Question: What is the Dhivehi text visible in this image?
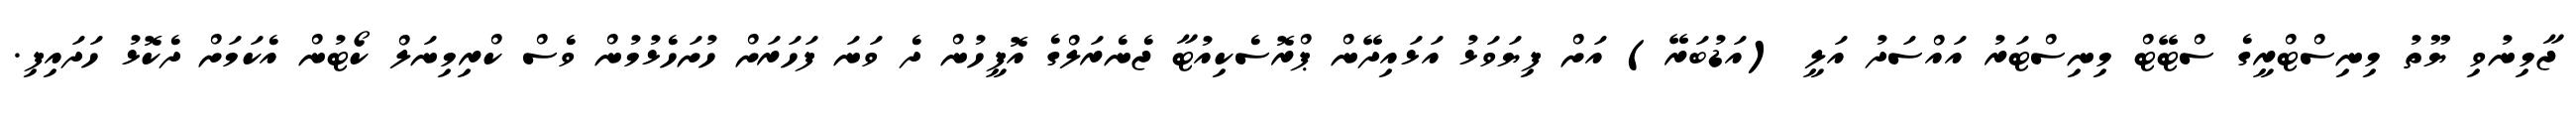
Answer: ޖާމިނުވި ޔޫތު މިނިސްޓްރީގެ ސްޓޭޓް މިނިސްޓަރު އައްސަދު އަލީ (އަޑުބަރޭ) އަށް ފިޔަވަޅު އަޅައިދޭން ޕްރޮސެކިއުޓާ ޖެނެރަލްގެ އޮފީހުން ދެ ވަނަ ފަހަރަށް ހުށަހެޅުމުން ވެސް ކްރިމިނަލް ކޯޓުން އެކަމަށް ދެކޮޅު ހަދައިފި.